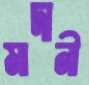
মাদানী